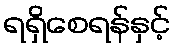
ရရှိစေရန်နှင့်